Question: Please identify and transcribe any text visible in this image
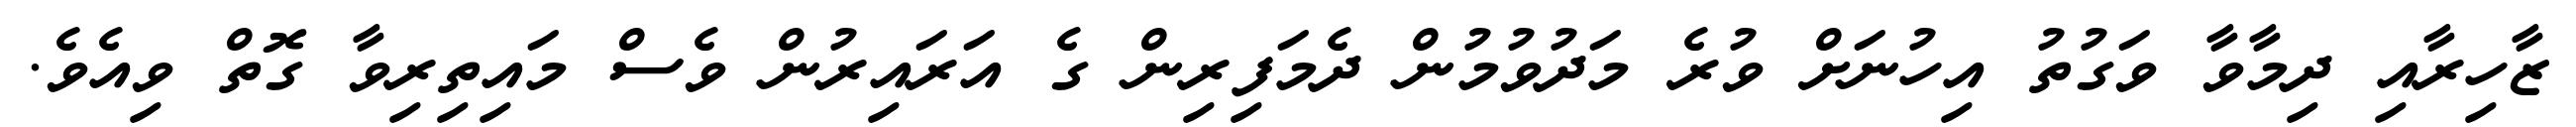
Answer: ޒާހިރާއި ދިމާވާ ވަގުތު އިހުނަށް ވުރެ މަދުވުމުން ދެމަފިރިން ގެ އަރައިރުން ވެސް މައިތިރިވާ ގޮތް ވިއެވެ.